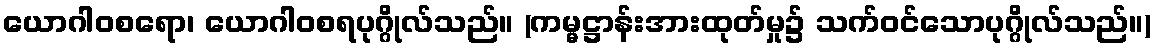
ယောဂါဝစရော၊ ယောဂါဝစရပုဂ္ဂိုလ်သည်။ (ကမ္မဋ္ဌာန်းအားထုတ်မှု၌ သက်ဝင်သောပုဂ္ဂိုလ်သည်။)